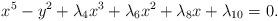
LaTeX: \begin{align*}x^5 - y^2 + \lambda_4 x^3 + \lambda_6 x^2 + \lambda_8 x + \lambda_{10}=0.\end{align*}